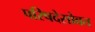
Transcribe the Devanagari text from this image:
परिषदेसोबत